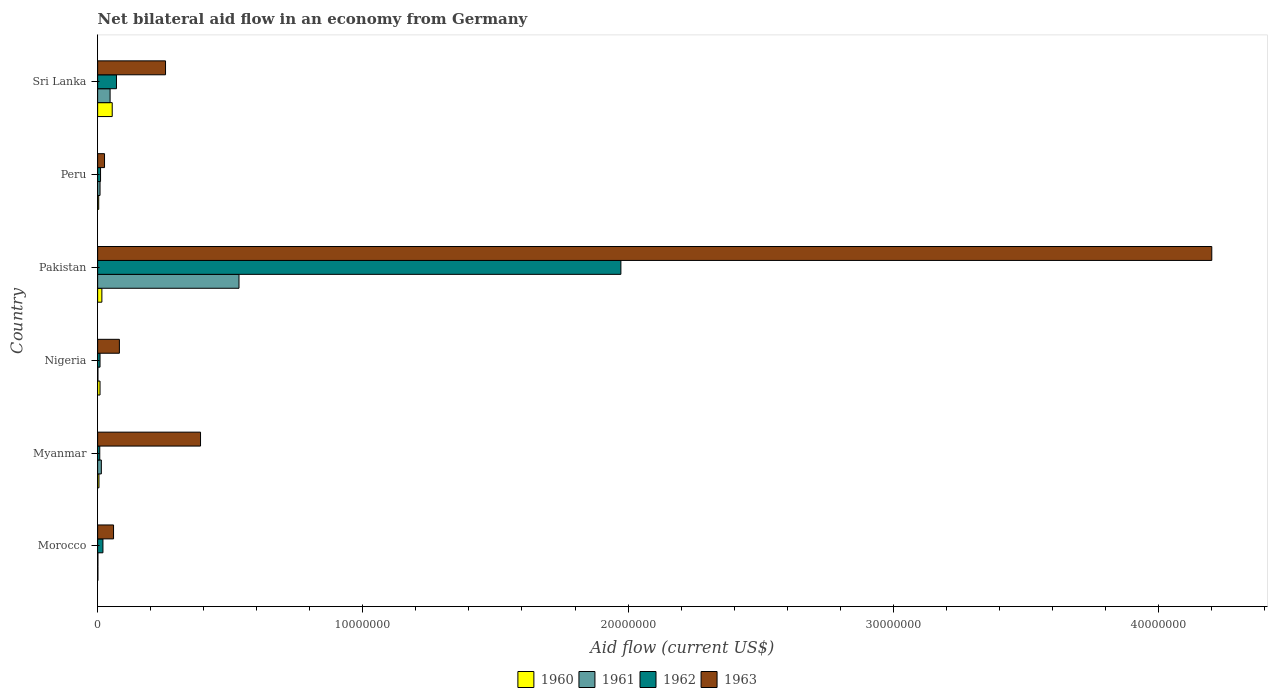
| Country | 1960 | 1961 | 1962 | 1963 |
 | --- | --- | --- | --- | --- |
 | Morocco | 1e+04 | 1e+04 | 2e+05 | 6e+05 |
 | Myanmar | 5e+04 | 1.4e+05 | 8e+04 | 3.88e+06 |
 | Nigeria | 9e+04 | 1e+04 | 9e+04 | 8.2e+05 |
 | Pakistan | 1.6e+05 | 5.33e+06 | 1.97e+07 | 4.2e+07 |
 | Peru | 4e+04 | 9e+04 | 1.1e+05 | 2.6e+05 |
 | Sri Lanka | 5.5e+05 | 4.7e+05 | 7.1e+05 | 2.56e+06 |